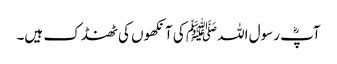
آپؓ رسول اللہﷺ کی آنکھوں کی ٹھنڈک ہیں۔